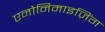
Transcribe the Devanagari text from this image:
एनोनिमाइज़िंग